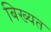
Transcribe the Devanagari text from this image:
बिख्यत